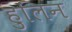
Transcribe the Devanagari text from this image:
हुलिन